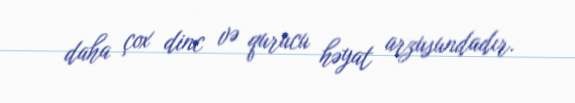
daha çox dinc və qurucu həyat arzusundadır.